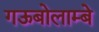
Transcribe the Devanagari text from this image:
गऊबोलाम्बे